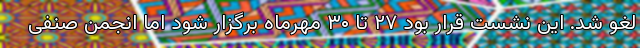
لغو شد. این نشست قرار بود ۲۷ تا ۳۰ مهرماه برگزار شود اما انجمن صنفی